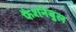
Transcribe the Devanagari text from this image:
फैशनेबुल